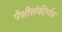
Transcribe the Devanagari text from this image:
पेशीसंकीर्णन